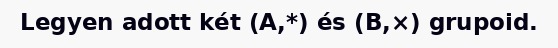
Legyen adott két (A,*) és (B,×) grupoid.